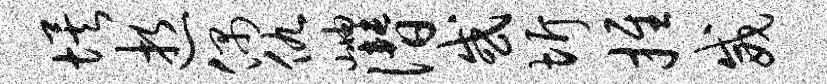
埃逝偶仇岫僭或圻推威